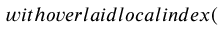
w i t h o v e r l a i d l o c a l i n d e x (